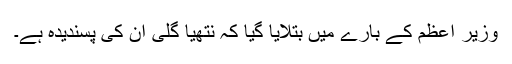
وزیر اعظم کے بارے میں بتلایا گیا کہ نتھیا گلی ان کی پسندیدہ ہے۔